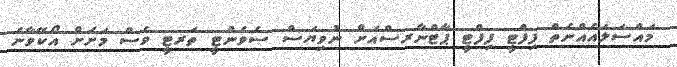
މައްސަލައެއްނެތް ފިފްޓީ ފިފްޓީ ޕާޓްނާރސްއަށް ނުވިޔަސް ސެވެންޓީ ތަރޓީ ވެސް މަށަށް އޯކޭވާނެ